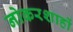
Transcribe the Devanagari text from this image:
नोकरशाहों